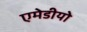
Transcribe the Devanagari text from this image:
एमेडीयो